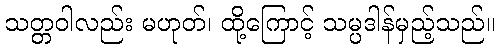
သတ္တဝါလည်း မဟုတ်၊ ထို့ကြောင့် သမ္ပဒါန်မှည့်သည်။